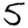
Digit: 5